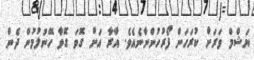
ޔަޝްމް ވަރަށް ކުރަހަން ފޯރުހުންނާނެއެވެ. އާރާ އަށް ގޮވަ ގޮވާ ހޭނުލުމުން ދެން